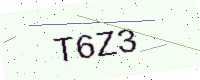
Text: T6Z3